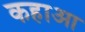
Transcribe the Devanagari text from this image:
कहाआ